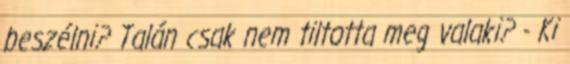
beszélni? Talán csak nem tiltotta meg valaki? - Ki